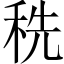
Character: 𰨥